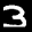
Label: 3